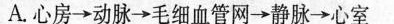
A.心房→动脉→毛细血管网→静脉→心室